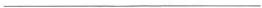
___